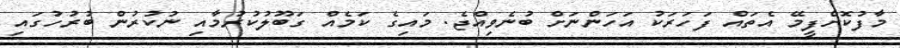
މާފުކޮށްފީމޭ އެތައް ފަހަރަކު އަހަންނަށް ބުނެވިއްޖެ. މައިގެ ކަމެއް ގަބޫލުކުރުމާއި ނުކުރުން ބުރުހުގައި